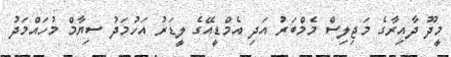
މީދޫ ދާއިރާގެ މަޖިލިސް މެމްބަރު އަދި އެމްޑީއޭގެ ލީޑަރު އަހުމަދު ސިޔާމް މުހައްމަދު